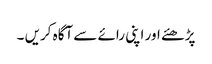
پڑھئے اور اپنی رائے سے آگاہ کریں ۔